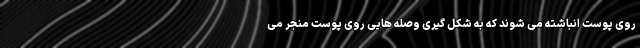
روی پوست انباشته می شوند که به شکل گیری وصله هایی روی پوست منجر می